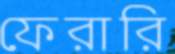
ফেরারি